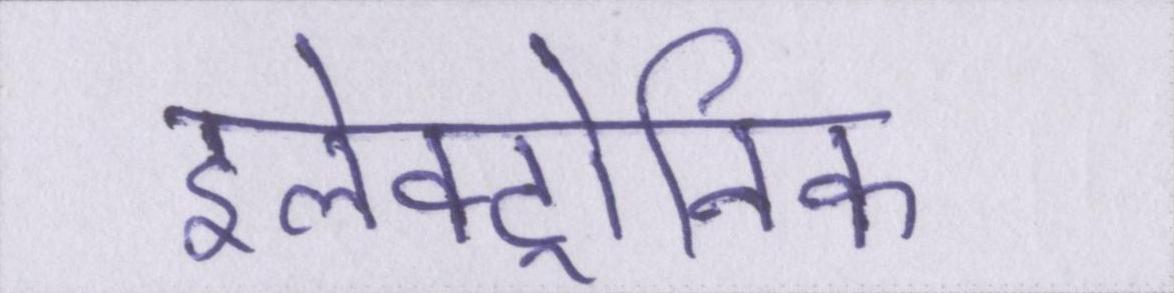
इलेक्ट्रोनिक